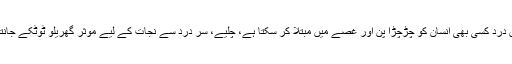
سَر میں درد کسی بھی انسان کو چڑچڑا پن اور غصے میں مبتلا کر سکتا ہے، چلیے، سَر درد سے نجات کے لیے مؤثر گھریلو ٹوٹکے جانتے ہیں۔